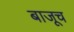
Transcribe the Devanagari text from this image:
बाजूच